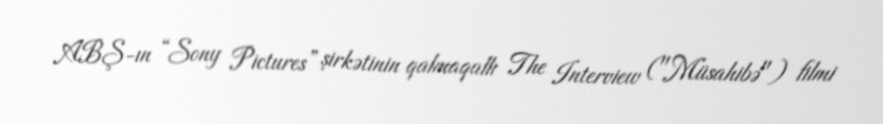
ABŞ-ın “Sony Pictures” şirkətinin qalmaqallı The Interview ("Müsahibə") filmi